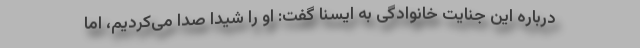
درباره این جنایت خانوادگی به ایسنا گفت: او را شیدا صدا می‌کردیم، اما